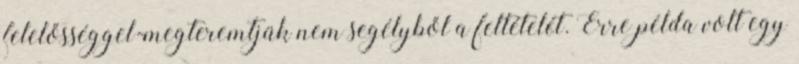
felelősséggel-megteremtjük nem segélyből a feltételét. Erre példa volt egy